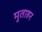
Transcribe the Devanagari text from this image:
मुताहर